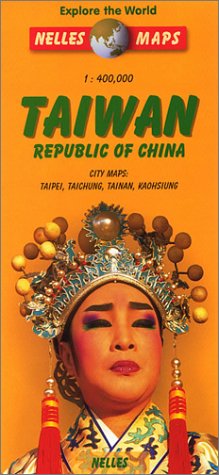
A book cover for Nelles Taiwan Map (Nelles Map); Nltai; Travel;